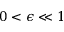
0 < \epsilon \ll 1